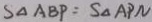
S _ { \Delta A B P } = S _ { \Delta A P N }